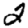
Digit: 2